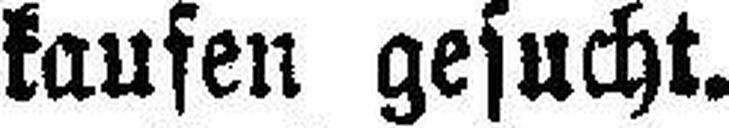
kaufen gesucht.